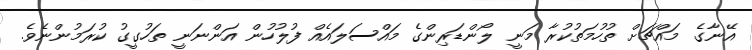
އޭނާގެ މައްޗަށް ތުހުމަތުކުރާ މަނީ ލޯންޑަރިންގެ މައްސަލައެއް ފުލުހުން އަންނަނީ ތަހުގީގު ކުރަމުންނެވެ.